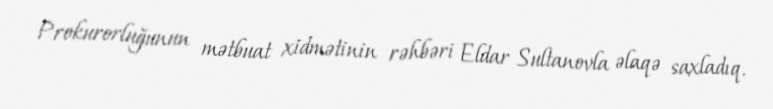
Prokurorluğunun mətbuat xidmətinin rəhbəri Eldar Sultanovla əlaqə saxladıq.